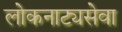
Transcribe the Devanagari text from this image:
लोकनाट्यसेवा